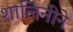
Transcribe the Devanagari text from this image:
शालिनीने